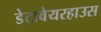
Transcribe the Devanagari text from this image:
डेटावेयरहाउस